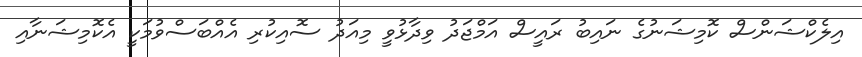
އިލެކްޝަންސް ކޮމިޝަނުގެ ނައިބު ރައީސް އަމްޖަދު ވިދާޅުވީ މިއަދު ސޮއިކުރި އެއްބަސްވުމަކީ އެކޮމިޝަނާއި